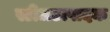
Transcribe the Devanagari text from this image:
स्टीलउत्पादक